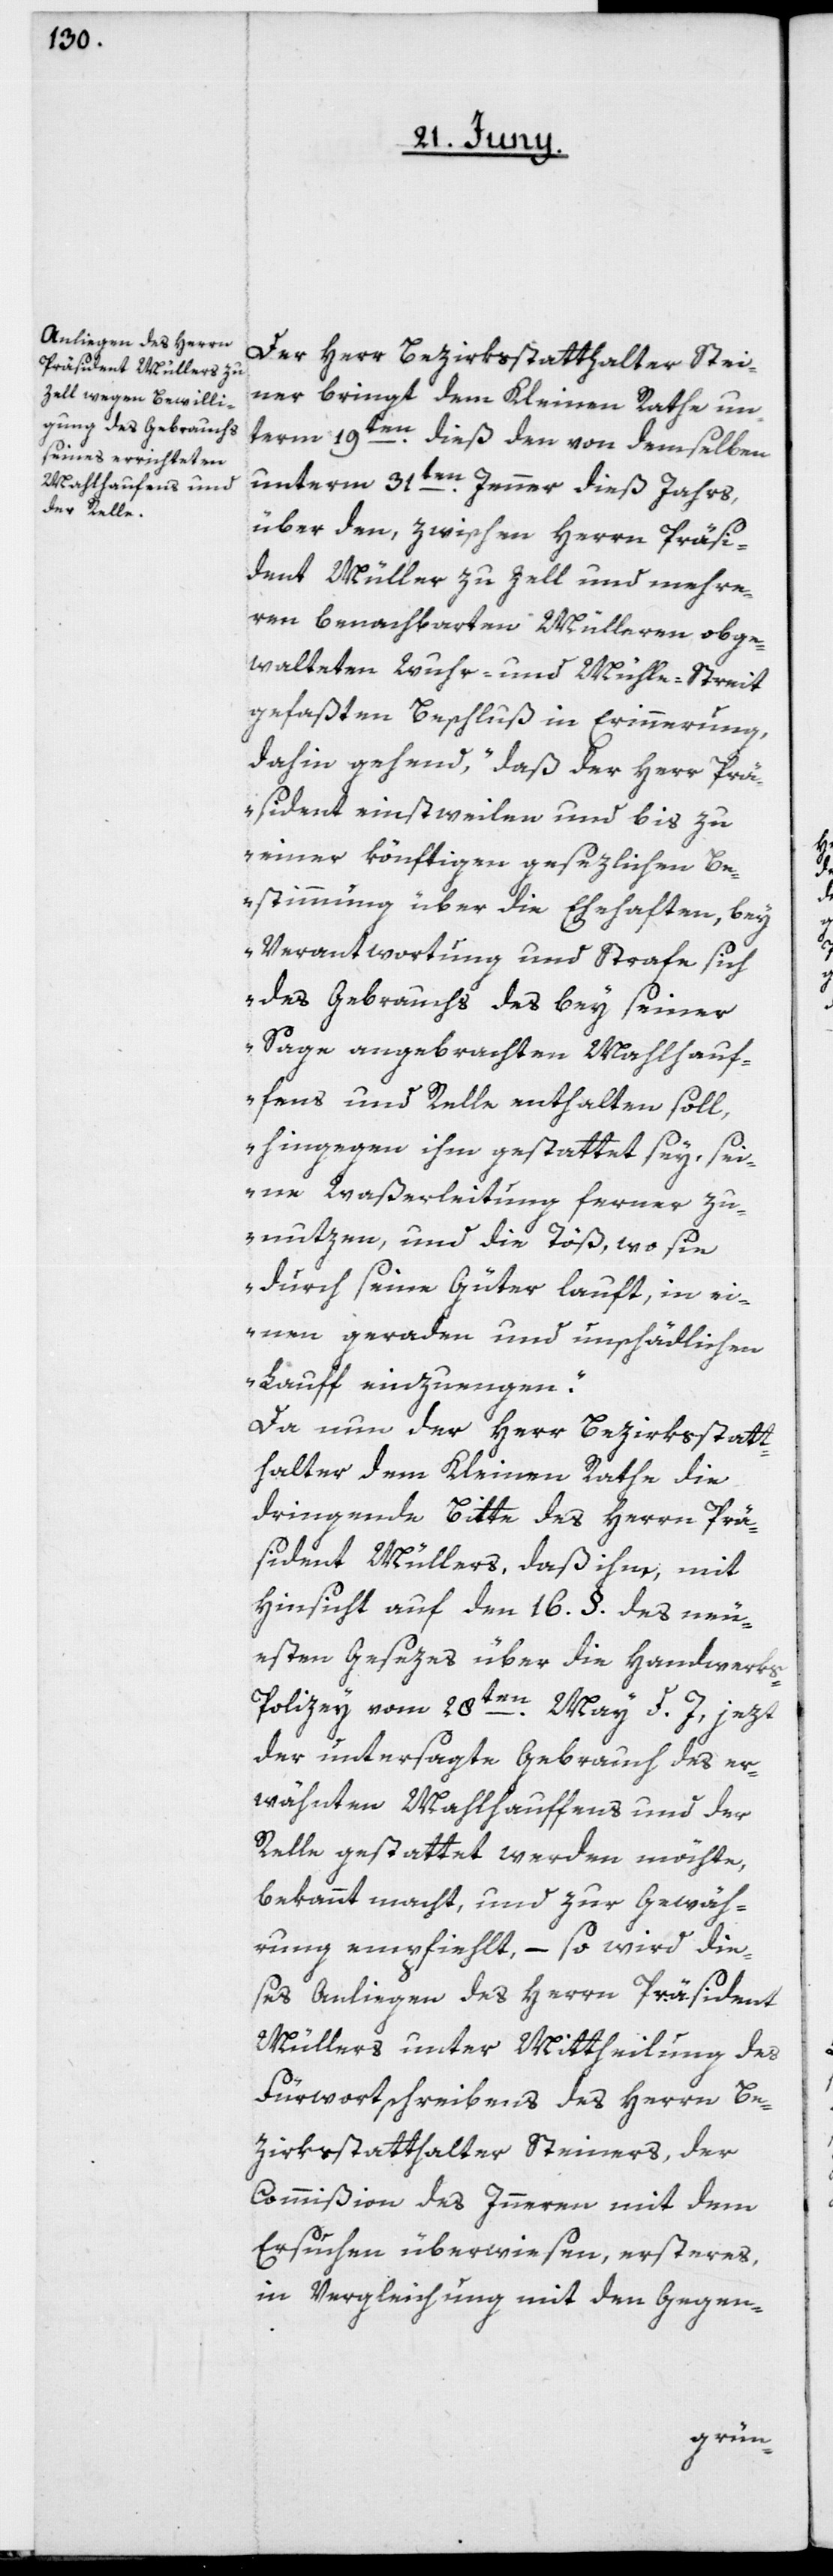
Der Herr Bezirksstatthalter Stei¬
ner bringt dem Kleinen Rate un¬
term 19ten dieß den von demselben
unterm 31ten Jenner dieß Jahrs,
über den, zwischen Herrn Präsi¬
dent Müller zu Zell und mehre¬
ren benachbarten Mülleren obge¬
walteten Wuhr- und Mühle-Streit
gefaßten Beschluß in Erinnerung,
dahin gehend, „daß der Herr Prä¬
sident einstweilen und bis zu
einer könftigen gesezlichen Be¬
stimmung über die Ehehaften, bey
Verantwortung und Strafe sich
des Gebrauchs des bey seiner
Sage angebrachten Mahlhauf¬
ens und Relle enthalten soll,
hingegen ihm gestattet sey, sei¬
ne Waßerleitung ferner zu
nutzen, und die Töß, wo sie
durch seine Güter lauft, in ei¬
nen geraden und unschädlichen
Lauff einzuengen“.
Da nun der Herr Bezirksstatt¬
halter dem Kleinen Rathe die
dringende Bitte des Herrn Prä¬
sident Müllers, daß ihm, mit
Hinsicht auf dem 16. §. des neu¬
esten Gesezes über die Handwerk¬
s-Polizey vom 28ten
May d. J., jezt
der untersagte Gebrauch des er¬
wähnten Mahlhauffens und der
Relle gestattet werden möchte,
bekannt macht, und zur Gewäh¬
rung empfiehlt, – so wird die¬
ses Anliegen des Herrn Präsident
Müllers unter Mittheilung des
Fürwortschreibens des Herrn Be¬
zirksstatthalter Steiners, der
Commißion des Innern mit dem
Ersuchen überwiesen, ersteres
in Vergleichung mit den Gegen-